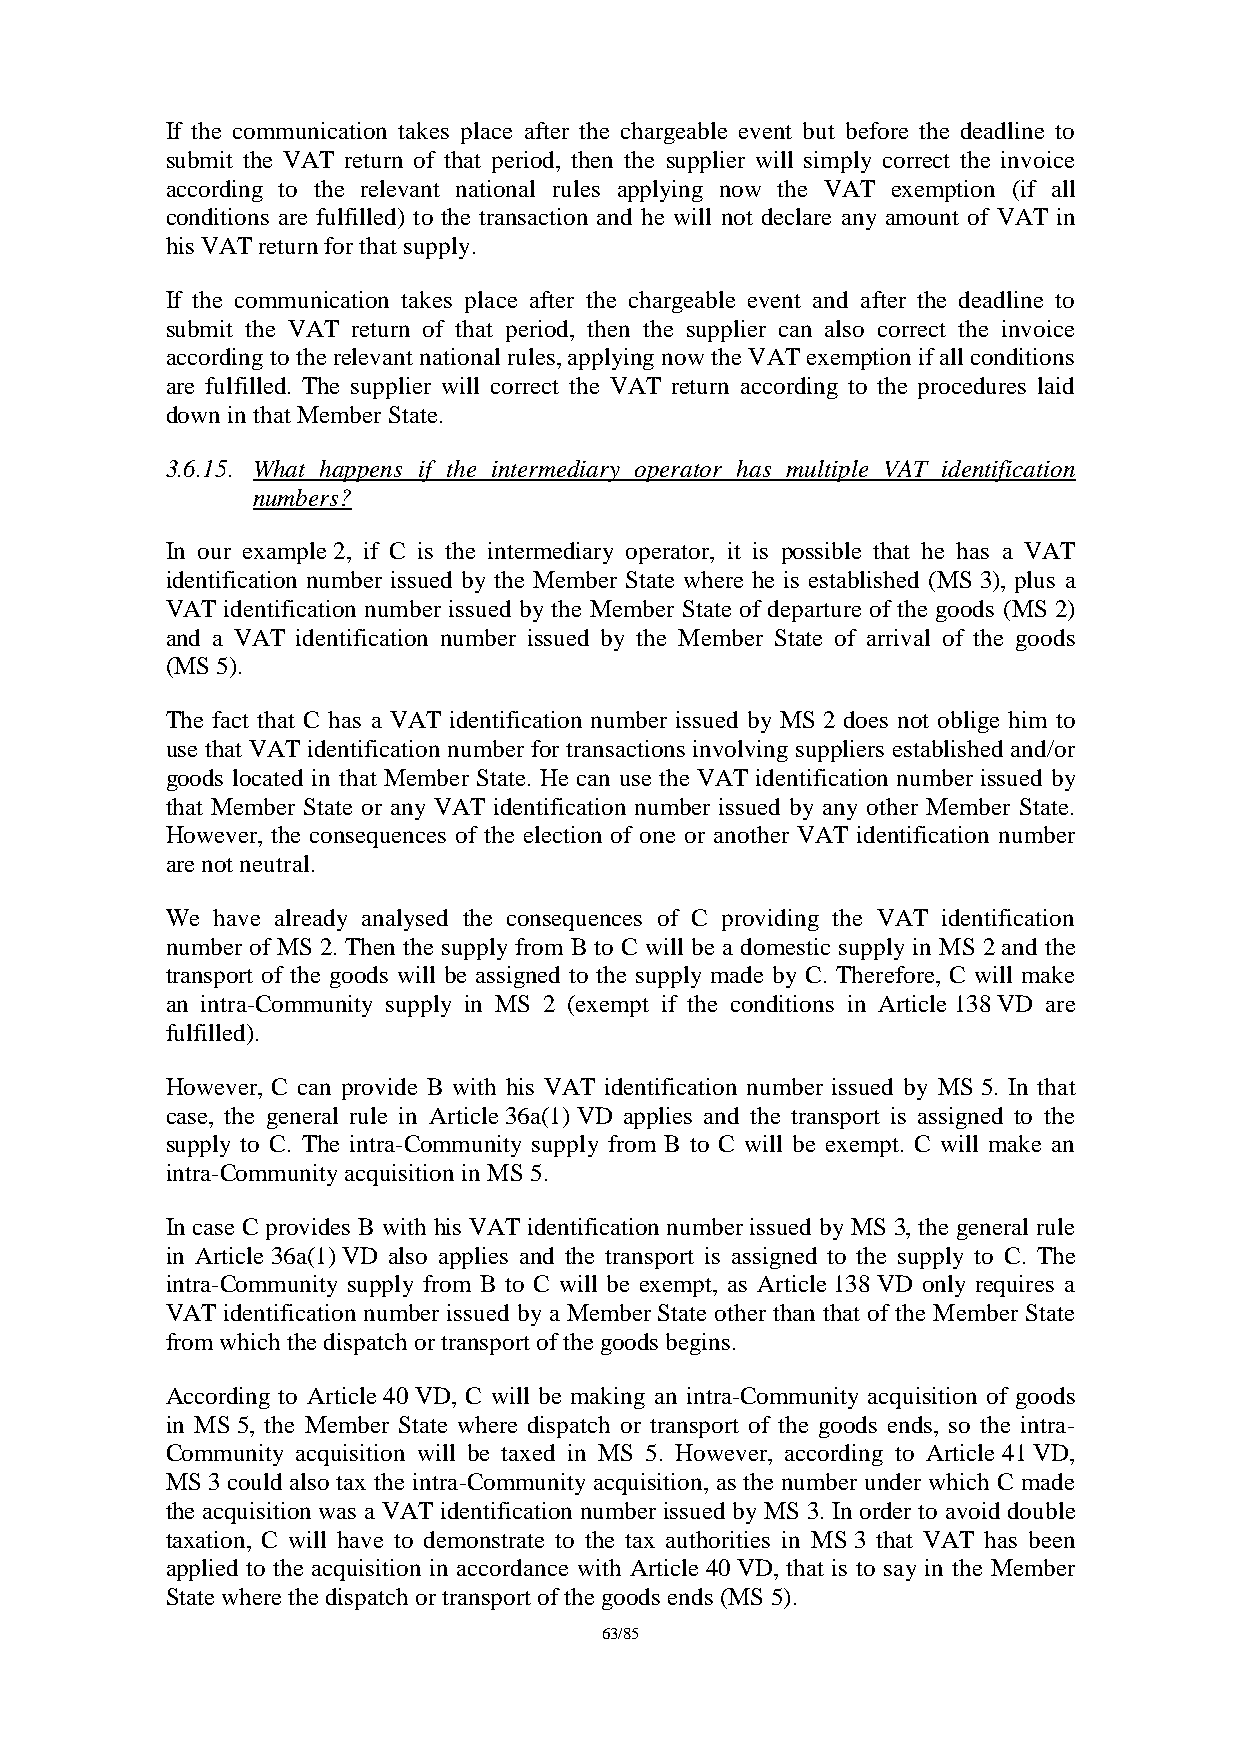
If the communication takes place after the chargeable event but before the deadline to
 submit the VAT return of that period, then the supplier will simply correct the invoice
 according to the relevant national rules applying now the VAT exemption (if all
 conditions are fulfilled) to the transaction and he will not declare any amount of VAT in
 his VAT return for that supply.
 If the communication takes place after the chargeable event and after the deadline to
 submit the VAT return of that period, then the supplier can also correct the invoice
 according to the relevant national rules, applying now the VAT exemption if all conditions
 are fulfilled. The supplier will correct the VAT return according to the procedures laid
 down in that Member State.
 3.6.15. What happens if the intermediary operator has multiple VAT identification
 numbers?
 In our example 2, if C is the intermediary operator, it is possible that he has a VAT
 identification number issued by the Member State where he is established (MS 3), plus a
 VAT identification number issued by the Member State of departure of the goods (MS 2)
 and a VAT identification number issued by the Member State of arrival of the goods
 (MS 5).
 The fact that C has a VAT identification number issued by MS 2 does not oblige him to
 use that VAT identification number for transactions involving suppliers established and/or
 goods located in that Member State. He can use the VAT identification number issued by
 that Member State or any VAT identification number issued by any other Member State.
 However, the consequences of the election of one or another VAT identification number
 are not neutral.
 We have already analysed the consequences of C providing the VAT identification
 number of MS 2. Then the supply from B to C will be a domestic supply in MS 2 and the
 transport of the goods will be assigned to the supply made by C. Therefore, C will make
 an intra-Community supply in MS 2 (exempt if the conditions in Article 138 VD are
 fulfilled).
 However, C can provide B with his VAT identification number issued by MS 5. In that
 case, the general rule in Article 36a(1) VD applies and the transport is assigned to the
 supply to C. The intra-Community supply from B to C will be exempt. C will make an
 intra-Community acquisition in MS 5.
 In case C provides B with his VAT identification number issued by MS 3, the general rule
 in Article 36a(1) VD also applies and the transport is assigned to the supply to C. The
 intra-Community supply from B to C will be exempt, as Article 138 VD only requires a
 VAT identification number issued by a Member State other than that of the Member State
 from which the dispatch or transport of the goods begins.
 According to Article 40 VD, C will be making an intra-Community acquisition of goods
 in MS 5, the Member State where dispatch or transport of the goods ends, so the intra-
 Community acquisition will be taxed in MS 5. However, according to Article 41 VD,
 MS 3 could also tax the intra-Community acquisition, as the number under which C made
 the acquisition was a VAT identification number issued by MS 3. In order to avoid double
 taxation, C will have to demonstrate to the tax authorities in MS 3 that VAT has been
 applied to the acquisition in accordance with Article 40 VD, that is to say in the Member
 State where the dispatch or transport of the goods ends (MS 5).
 63/85